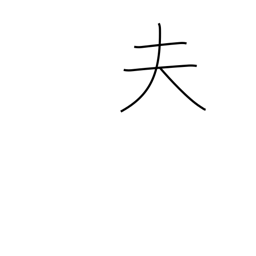
Meaning: husband